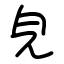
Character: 皃